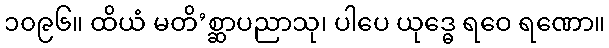
၁၀၉၆။ ထိယံ မတိ’စ္ဆာပညာသု၊ ပါပေ ယုဒ္ဓေ ရဝေ ရဏော။